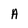
Character: A